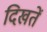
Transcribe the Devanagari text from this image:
दिखतें